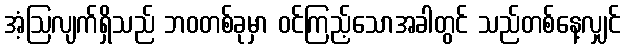
အံ့ဩလျက်ရှိသည် ဘဝတစ်ခုမှာ ဝင်ကြည့်သောအခါတွင် သည်တစ်နေ့လျှင်